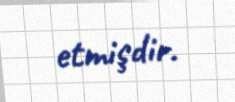
etmişdir.